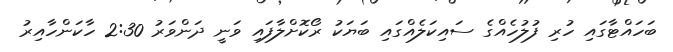
ބަހައްޓާގައި ހުރި ފުލުހެއްގެ ސައިކަލެއްގައި ބަޔަކު ރޯކޮށްލާފައި ވަނީ ދަންވަރު 2:30 ހާކަންހާއިރު